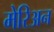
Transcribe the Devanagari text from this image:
मेरिअन